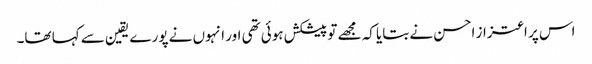
اس پر اعتزاز احسن نے بتایا کہ مجھے تو پیشکش ہوئی تھی اور انہوں نے پورے یقین سے کہا تھا۔